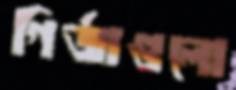
গির্জাগুলো